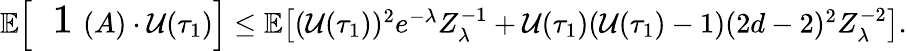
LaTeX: \begin{array}{r}{\mathbb{E}\! \left[{\mathrm{\Large~\mathfrak~1~}}(A)\cdot\mathcal{U}(\tau_{1})\right]\leq\mathbb{E}\! \left[(\mathcal{U}(\tau_{1}))^{2}e^{-\lambda}Z_{\lambda}^{-1}+\mathcal{U}(\tau_{1})(\mathcal{U}(\tau_{1})-1)(2d-2)^{2}Z_{\lambda}^{-2}\right].}\end{array}